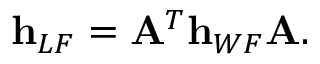
{ \bf h } _ { L F } = { \bf A } ^ { T } { \bf h } _ { W F } { \bf A } .